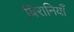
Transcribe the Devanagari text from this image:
बिरानियाँ